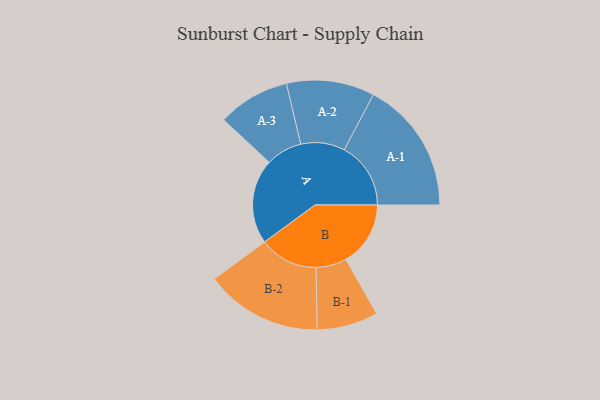
{"axis": {"x": "Segment", "y": "Value"}, "legend": ["", "A", "B"], "data": [{"x": "A", "y": 366, "type": ""}, {"x": "B", "y": 279, "type": ""}, {"x": "A-1", "y": 287, "type": "A"}, {"x": "A-2", "y": 190, "type": "A"}, {"x": "A-3", "y": 156, "type": "A"}, {"x": "B-1", "y": 132, "type": "B"}, {"x": "B-2", "y": 253, "type": "B"}]}